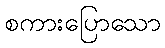
စကားပြောသော